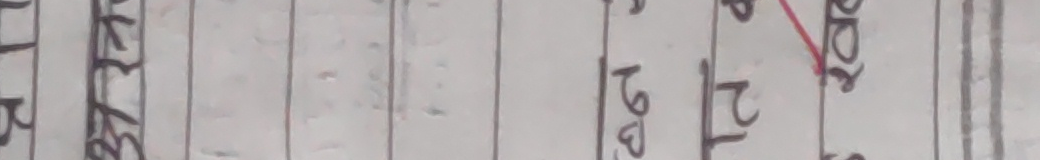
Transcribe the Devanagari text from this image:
होटल